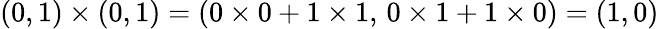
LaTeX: (0,1)\times(0,1)=(0\times 0+1\times 1,\, 0\times 1+1\times 0)=(1,0)